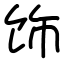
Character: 饰